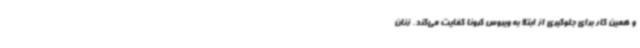
و همین کار برای جلوگیری از ابتلا به ویروس کرونا کفایت می‌کند. زنان